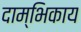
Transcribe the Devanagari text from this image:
दाम्भिकाय